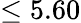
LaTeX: \le 5.60